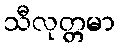
သီလုတ္တမာ